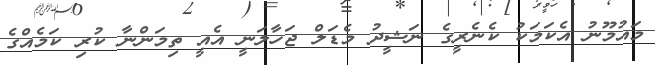
މައުމޫނު އެކަމަކު ކެނެރީގެ ނަޝީދު މެޑަލް ޖަހާލަނީ އެއީ ތިމަންނާ ކުރި ކަމެއްގެ